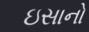
ઇસાનો